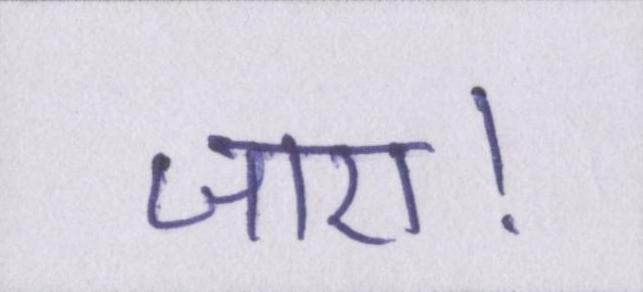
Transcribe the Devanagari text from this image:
जाए।